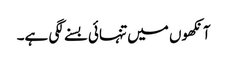
آنکھوں میں تنہائی بسنے لگی ہے۔